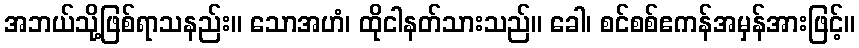
အဘယ်သို့ဖြစ်ရာသနည်း။ သောအဟံ၊ ထိုငါနတ်သားသည်။ ခေါ၊ စင်စစ်ဧကန်အမှန်အားဖြင့်။